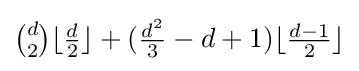
{\tbinom {d}{2}}\lfloor {\tfrac {d}{2}}\rfloor +({\tfrac {d^{2}}{3}}-d+1)\lfloor {\tfrac {d-1}{2}}\rfloor